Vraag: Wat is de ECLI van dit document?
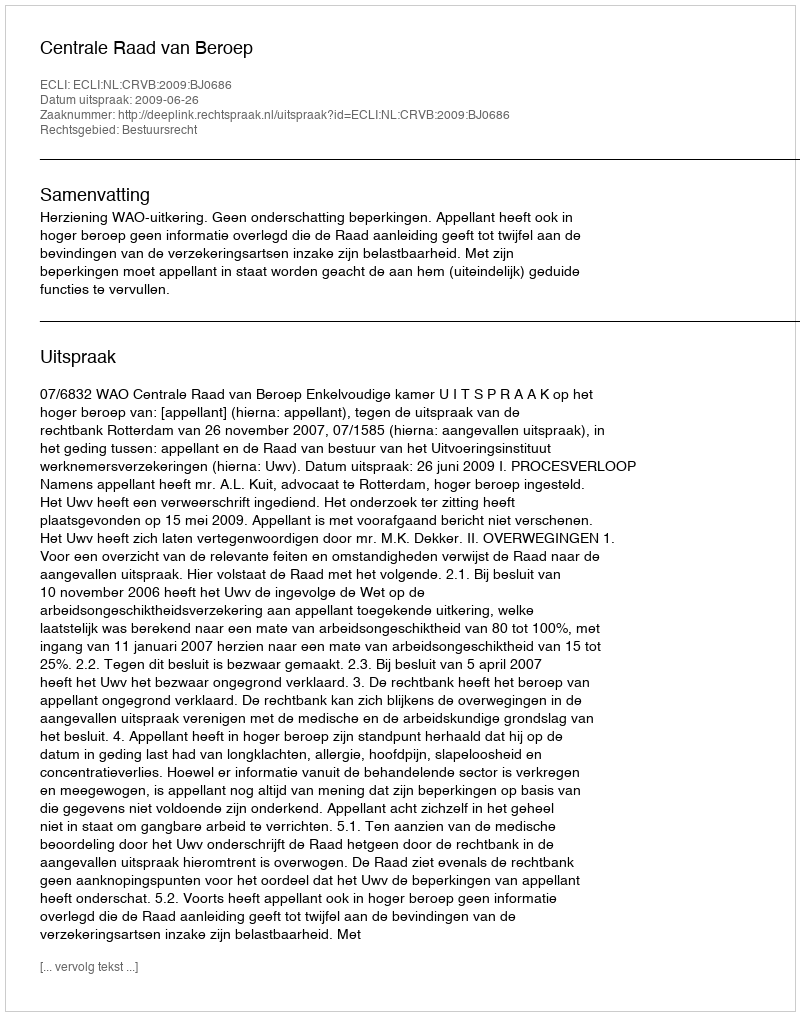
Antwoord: ECLI:NL:CRVB:2009:BJ0686